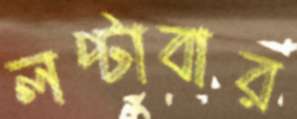
লপ্‌টাবার